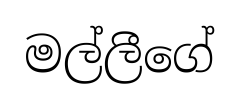
මල්ලීගේ